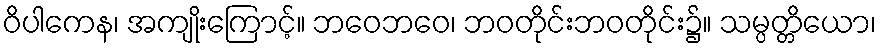
ဝိပါကေန၊ အကျိုးကြောင့်။ ဘဝေဘဝေ၊ ဘဝတိုင်းဘဝတိုင်း၌။ သမ္ပတ္တိယော၊